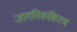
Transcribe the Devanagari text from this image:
जागतिककिरण